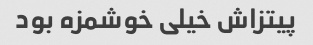
پیتزاش خیلی خوشمزه بود